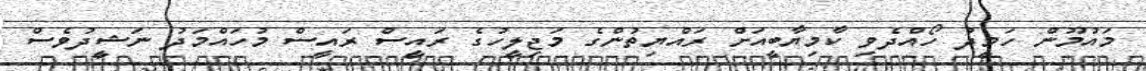
މައުމޫން ހަމީދު ހޯއްދެވި ކާމިޔާބީއަށް ރައްޔިތުންގެ މަޖިލީހުގެ ރައީސް ރައީސް މުހައްމަދު ނަޝީދުވެސް